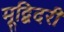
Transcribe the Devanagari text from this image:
मूद्बिदरी